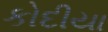
કોદીયા